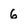
Character: 6